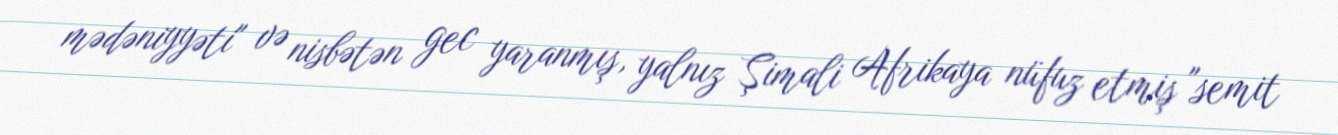
mədəniyyəti" və nisbətən gec yaranmış, yalnız Şimali Afrikaya nüfuz etmiş "semit